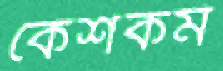
কেশকর্ম